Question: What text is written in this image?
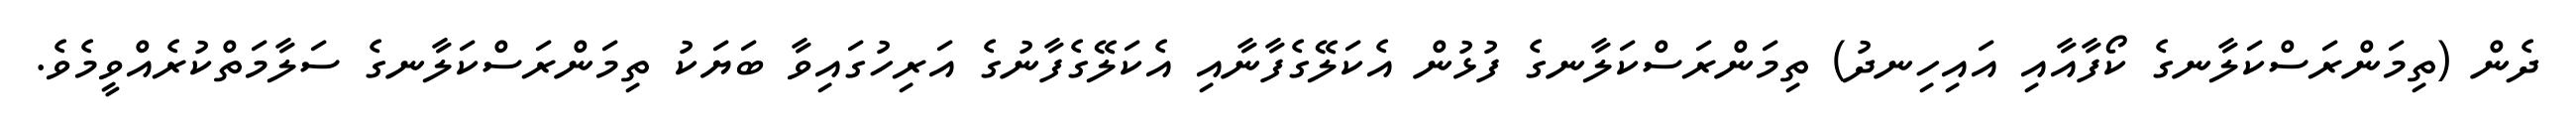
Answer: ދެން (ތިމަންރަސްކަލާނގެ ކޯފާއާއި އައިހިނދު) ތިމަންރަސްކަލާނގެ ފުޅުން އެކަލޭގެފާނާއި އެކަލޭގެފާނުގެ އަރިހުގައިވާ ބަޔަކު ތިމަންރަސްކަލާނގެ ސަލާމަތްކުރެއްވީމެވެ.